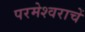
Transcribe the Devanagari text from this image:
परमेश्वराचें